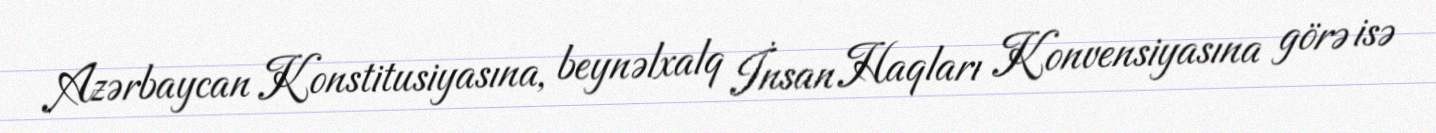
Azərbaycan Konstitusiyasına, beynəlxalq İnsan Haqları Konvensiyasına görə isə